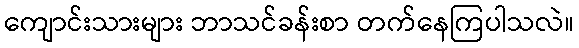
ကျောင်းသားများ ဘာသင်ခန်းစာ တက်နေကြပါသလဲ။